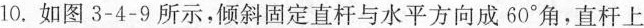
10.如图3-4-9所示，倾斜固定直杆与水平方向成60^{\circ}角，直杆上